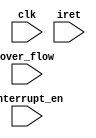
`timescale 1ns / 1ps
//////////////////////////////////////////////////////////////////////////////////
// Company: 
// Engineer: 
// 
// Design Name: 
// Module Name:    inter 
// Project Name: 
// Target Devices: 
// Tool versions: 
// Description: 
//
// Dependencies: 
//
// Revision: 
// Revision 0.01 - File Created
// Additional Comments: 
//
//////////////////////////////////////////////////////////////////////////////////
module inter(
	input clk,
	input interrupt_en,
	input over_flow,
	input iret
    );

always@(posedge clk)
begin
	if(interrupt_en)
		;
end

endmodule